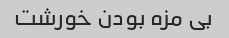
بی مزه بودن خورشت